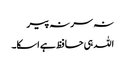
نہ سر نہ پیر
اللہ ہی حافظ ہے اسکا۔